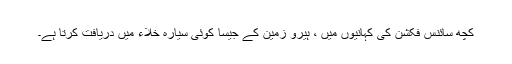
کچھ سائنس فکشن کی کہانیوں میں ، ہیرو زمین کے جیسا کوئی سیارہ خلاء میں دریافت کرتا ہے۔